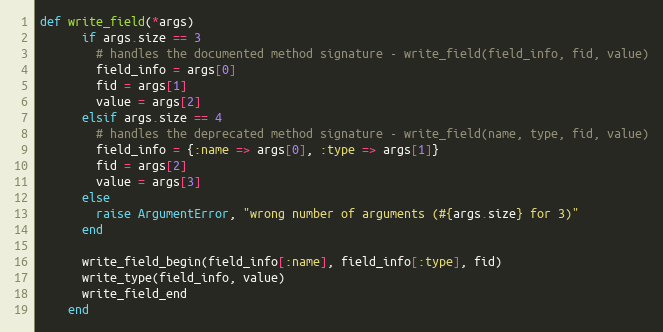
Language: Ruby
def write_field(*args)
      if args.size == 3
        # handles the documented method signature - write_field(field_info, fid, value)
        field_info = args[0]
        fid = args[1]
        value = args[2]
      elsif args.size == 4
        # handles the deprecated method signature - write_field(name, type, fid, value)
        field_info = {:name => args[0], :type => args[1]}
        fid = args[2]
        value = args[3]
      else
        raise ArgumentError, "wrong number of arguments (#{args.size} for 3)"
      end

      write_field_begin(field_info[:name], field_info[:type], fid)
      write_type(field_info, value)
      write_field_end
    end